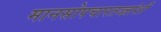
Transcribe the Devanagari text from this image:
मानसोपचारतज्ज्ञांशी